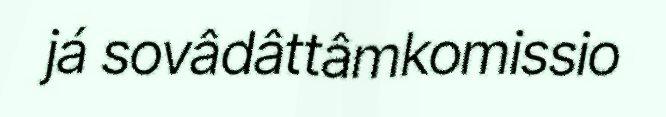
já sovâdâttâmkomissio